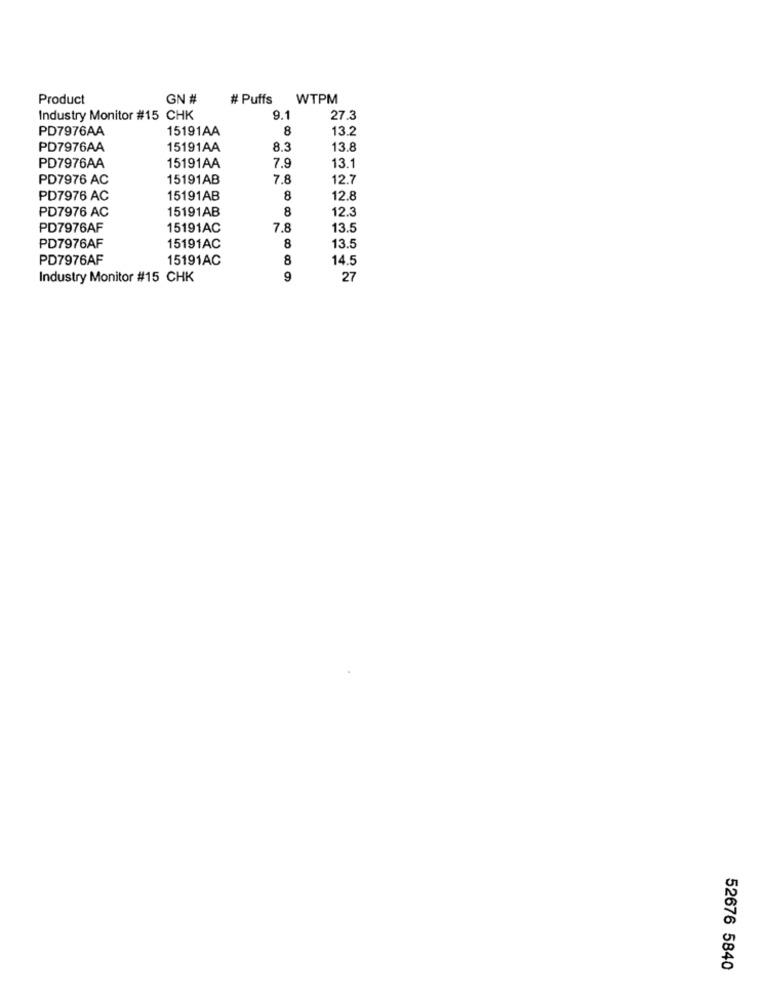
Product
GN #
# Puffs
WTPM
Industry Monitor #15 CHK
9.1
27.3
PD7976AA
15191AA
8
13.2
PD7976AA
15191AA
8.3
13.8
PD7976AA
15191AA
7.9
13.1
PD7976 AC
15191AB
7.8
12.7
PD7976 AC
15191AB
12.8
PD7976 AC
15191AB
8
12.3
PD7976AF
15191AC
7.8
13.5
PD7976AF
8
15191AC
13.
PD7976AF
15191AC
8
14.5
Industry Monitor #15 CHK
9
27
52676 5840